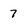
Character: 7